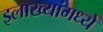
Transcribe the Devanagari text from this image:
इलाख्यांमध्ये